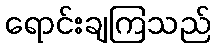
ရောင်းချကြသည်